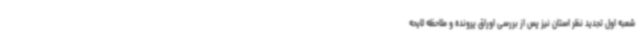
شعبه اول تجدید نظر استان نیز پس از بررسی اوراق پرونده و ملاحظه لایحه